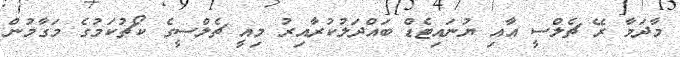
މާދަމާ ރޭ ޗެލްސީ އާއި ޔުނައިޓެޑް ބައްދަލުކުރާއިރު މިއީ ޗެލްސީގެ ކޯޗުކަމުގެ މަގާމުން